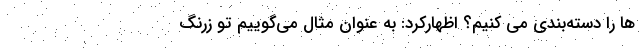
ها را دسته‌بندی می کنیم؟ اظهارکرد: به عنوان مثال می‌گوییم تو زرنگ